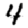
Digit: 4